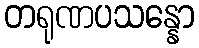
တရုဏပသန္နော